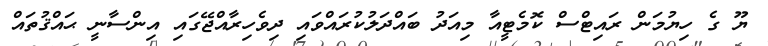
ޔޫ ގެ ހިޔުމަން ރައިޓްސް ކޮމެޓީއާ މިއަދު ބައްދަލުކުރައްވައި ދިވެހިރާއްޖޭގައި އިންސާނީ ޙައްޤުތައް